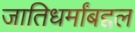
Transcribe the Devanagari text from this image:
जातिधर्मांबद्दल